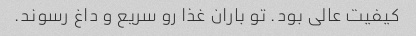
کیفیت عالی بود. تو باران غذا رو سریع و داغ رسوند.